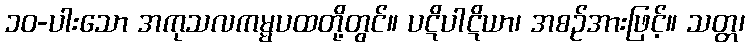
၁၀-ပါးသော အကုသလကမ္မပထတို့တွင်။ ပဋိပါဋိယာ၊ အစဉ်အားဖြင့်။ သတ္တ၊